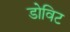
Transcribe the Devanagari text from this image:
डोविट